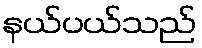
နယ်ပယ်သည်